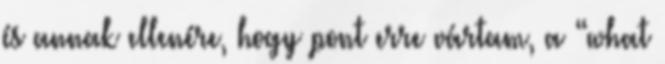
és annak ellenére, hogy pont erre vártam, a “what